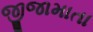
જીજામાતા